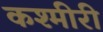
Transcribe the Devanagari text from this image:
कश्‍मीरी